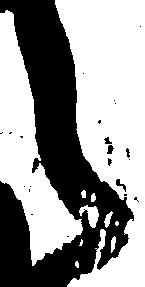
之